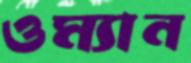
ওম্যান